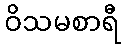
ဝိသမစာရီ